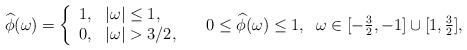
LaTeX: \begin{align*} \widehat{\phi}(\omega)=\left\{\begin{array}{ll} 1, & |\omega|\leq 1,\\0, & |\omega|>3/2, \end{array}\right.\;\;\;\;0\leq \widehat{\phi}(\omega) \leq 1,\;\;\omega\in [-\tfrac{3}{2}, -1]\cup [1,\tfrac{3}{2}],\end{align*}